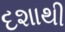
દશાથી